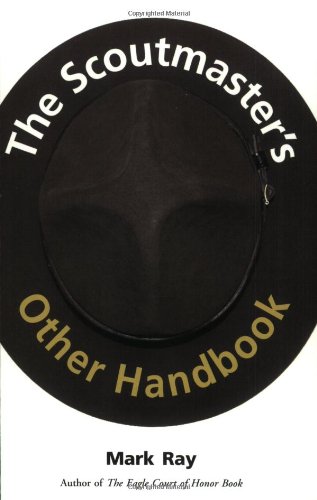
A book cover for The Scoutmaster's Other Handbook; Mark A. Ray; Business & Money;